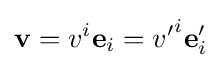
\mathbf {v} =v^{i}\mathbf {e} _{i}={v'}^{i}\mathbf {e} '_{i}